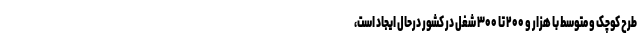
طرح کوچک و متوسط با هزار و ۲۰۰ تا ۳۰۰ شغل در کشور درحال ایجاد است،